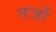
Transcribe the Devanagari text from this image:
तर्जो